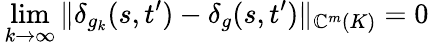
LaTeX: \, \operatorname*{lim}_{k\to\infty}\| \delta_{g_{k}}(s,t^{\prime})-\delta_{g}(s,t^{\prime})\| _{\mathbb{C}^{m}(K)}=0